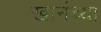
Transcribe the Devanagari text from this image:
खानंच्या